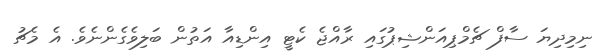
ނިިމިދިޔަ ސާފް ޗެމްޕިއަންޝިޕުގައި ރާއްޖެ ކެޓީ އިންޑިއާ އަތުން ބަލިވެގެންނެވެ. އެ މެޗު